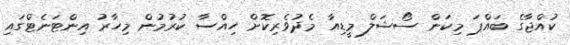
ކުއްޖާގެ ބައްޕަ މިކަން ސޯޝަލް މީޑިއާ މެދުވެރިކޮށް ހިއްސާ ކުރުމުން މިހާރު އިންޓަނެޓްގައި